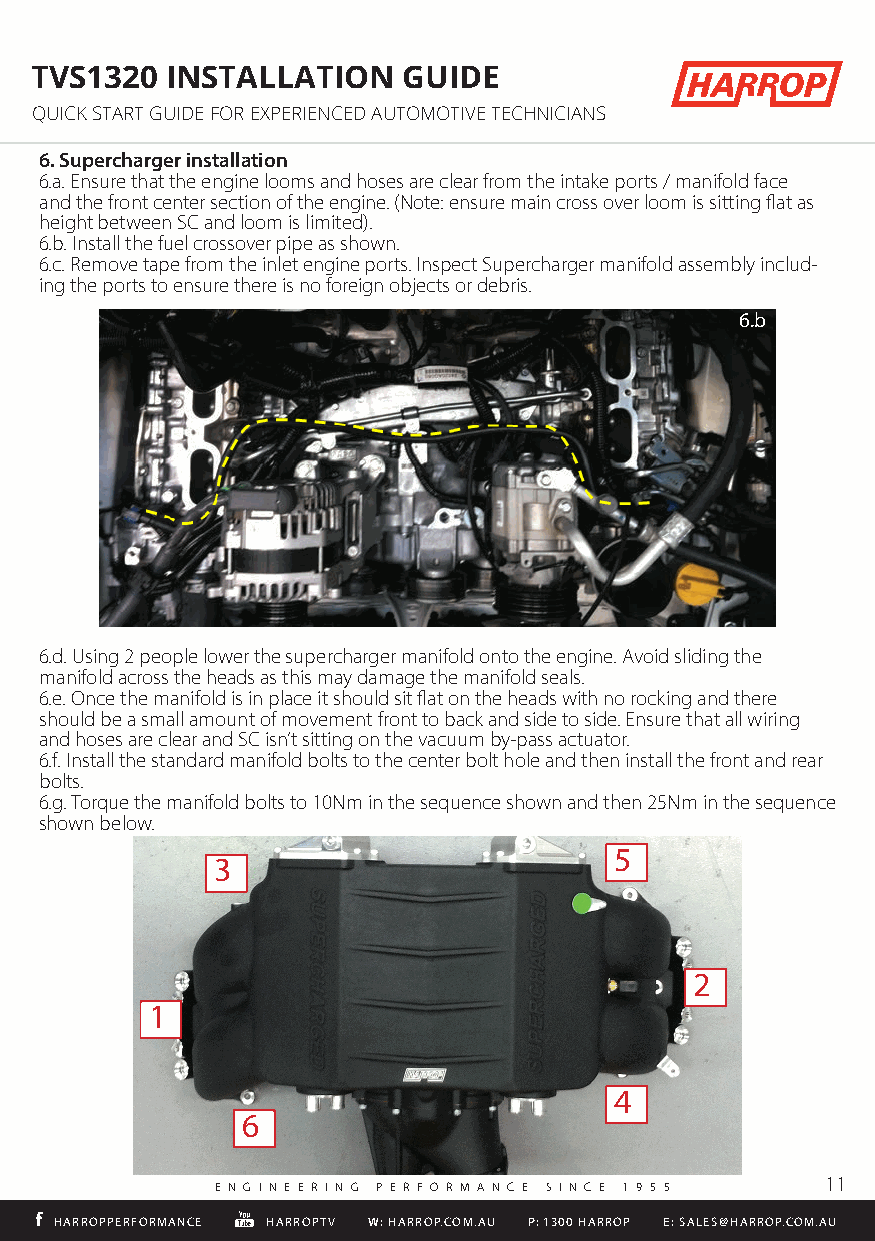
TVS1320  INSTALLATION    GUIDE
 QUICK START GUIDE FOR EXPERIENCED AUTOMOTIVE TECHNICIANS
 6. Supercharger installation
 6.a. Ensure that the engine looms and hoses are clear from the intake ports / manifold face
 and the front center section of the engine. (Note: ensure main cross over loom is sitting flat as
 height between SC and loom is limited).
 6.b. Install the fuel crossover pipe as shown.
 6.c. Remove tape from the inlet engine ports. Inspect Supercharger manifold assembly includ-
 ing the ports to ensure there is no foreign objects or debris.
 6.b
 6.d. Using 2 people lower the supercharger manifold onto the engine. Avoid sliding the
 manifold across the heads as this may damage the manifold seals.
 6.e. Once the manifold is in place it should sit flat on the heads with no rocking and there
 HARROPPERFORMANCE s h o uHlAdR RbOeP TaV s m a Wll :a HmARoRuOnP.tC OoMf .mAUo v e m P: e1n30t0 f rHoAnRRt OtoP b a cEk: SaAnLdES @siHdAeR RtoO Ps.CidOeM.. AEUnsure that all wiring
 and hoses are clear and SC isn’t sitting on the vacuum by-pass actuator.
 6.f. Install the standard manifold bolts to the center bolt hole and then install the front and rear
 bolts.
 6.g. Torque the manifold bolts to 10Nm in the sequence shown and then 25Nm in the sequence
 shown below.
 5
 3
 2
 1
 4
 6
 11
 E N G I N E E R I N G P E R F O R M A N C E S I N C E 1 9 5 5
 HHAARRRROOPPPPEERRFFOORRMMAANNCCEE HHAARRRROOPPTTVV WW:: HHAARRRROOPP..CCOOMM..AAUU PP:: 11330000 HHAARRRROOPP EE:: SSAALLEESS@@HHAARRRROOPP..CCOOMM..AAUU